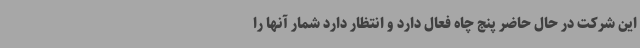
این شرکت در حال حاضر پنج چاه فعال دارد و انتظار دارد شمار آنها را